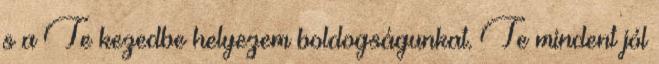
s a Te kezedbe helyezem boldogságunkat. Te mindent jól